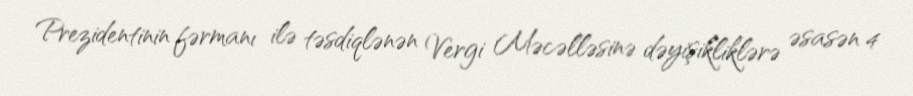
Prezidentinin fərmanı ilə təsdiqlənən Vergi Məcəlləsinə dəyişikliklərə əsasən 4